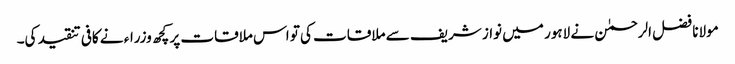
مولانا فضل الرحمٰن نے لاہور میں نواز شریف سے ملاقات کی تو اس ملاقات پر کچھ وزراء نے کافی تنقید کی۔